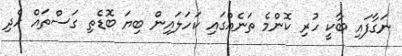
ނަގާފައި ބާކީ ހުރި ކޮންމެ ތަނެއްގައި ކަހަލައިން ބިޔަ ބޮޑެތި ގަސްތައް ހެދި